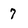
Character: 7